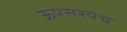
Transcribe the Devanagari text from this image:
ऊपसरपंच